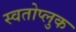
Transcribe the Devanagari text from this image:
स्वतोप्लुक